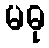
မဓု